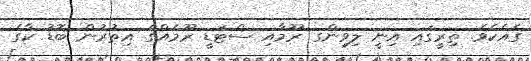
ގެއެކެވެ. ތިރީގައި އިނީ ލިވިންގ ރޫމާއި ސްޓަޑީ ރޫމެއްގެ އިތުރުން ބޮޑު ކާގެ